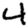
Digit: 4